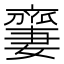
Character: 𠆜